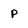
Character: p